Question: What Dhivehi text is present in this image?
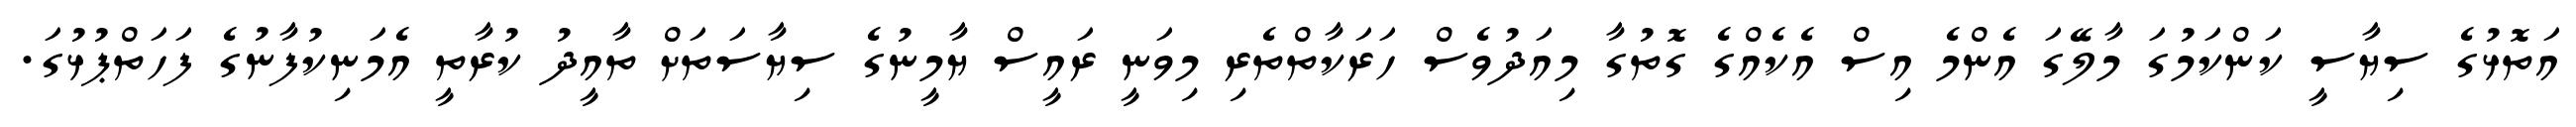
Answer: އަތޮޅުގެ ސިޔާސީ ކަންކަމުގަ މާލޭގަ އެންމެ އިސް އެކެއްގެ ގޮތުގާ މިއަދުވެސް ހަރަކާތްތެރި މިވަނީ ރައީސް ޔާމީނުގެ ސިޔާސަތަށް ތާއީދު ކުރާތީ އެމަނިކުފާނުގެ ފަހަތްޕުޅުގަ.